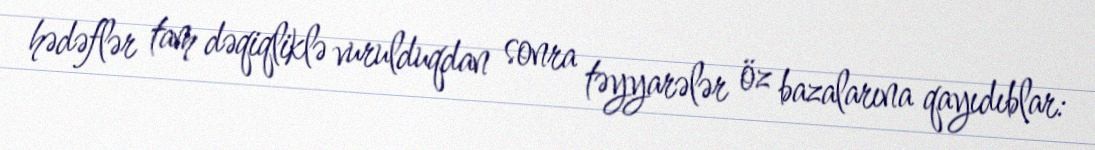
hədəflər tam dəqiqliklə vurulduqdan sonra təyyarələr öz bazalarına qayıdıblar: